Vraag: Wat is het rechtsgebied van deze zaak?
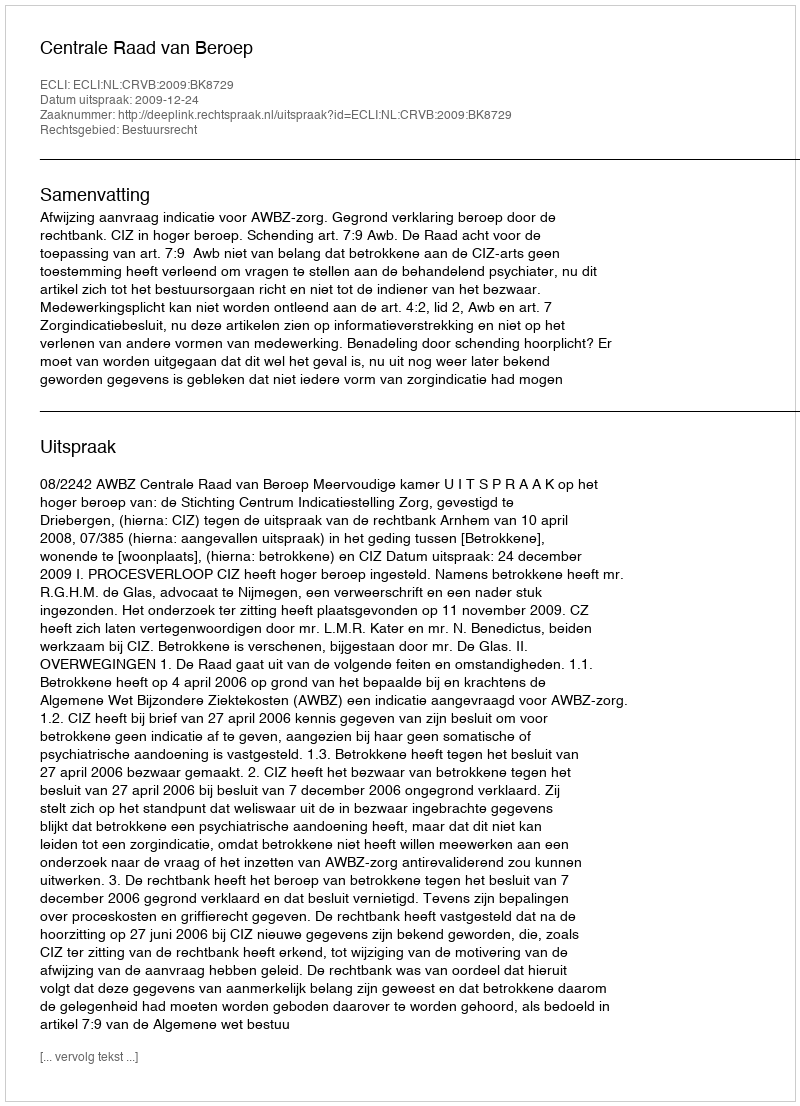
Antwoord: Bestuursrecht